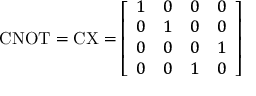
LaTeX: { \mathrm { C N O T } } = { \mathrm { C X } } = { \left[ \begin{array} { l l l l } { 1 } & { 0 } & { 0 } & { 0 } \\ { 0 } & { 1 } & { 0 } & { 0 } \\ { 0 } & { 0 } & { 0 } & { 1 } \\ { 0 } & { 0 } & { 1 } & { 0 } \end{array} \right] }